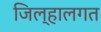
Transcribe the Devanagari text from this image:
जिल्हालगत